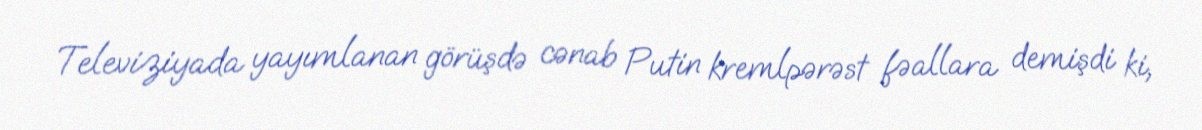
Televiziyada yayımlanan görüşdə cənab Putin kremlpərəst fəallara demişdi ki,